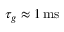
\tau _ { g } \approx 1 \, \mathrm { m s }